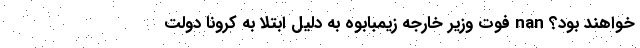
خواهند بود؟ nan فوت وزیر خارجه زیمبابوه به دلیل ابتلا به کرونا دولت